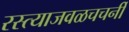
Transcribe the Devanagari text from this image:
रस्त्याजवळचचर्नी